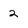
Character: 2